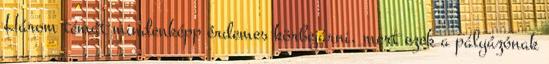
Három témát mindenképp érdemes körbejárni, mert ezek a pályázónak